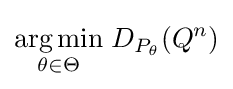
{\underset {\theta \in \Theta }{\operatorname {arg\,min} }}\;D_{P_{\theta }}(Q^{n})